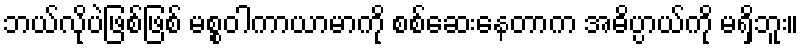
ဘယ်လိုပဲဖြစ်ဖြစ် မစ္စဝါကာယာမာကို စစ်ဆေးနေတာက အဓိပ္ပာယ်ကို မရှိဘူး။